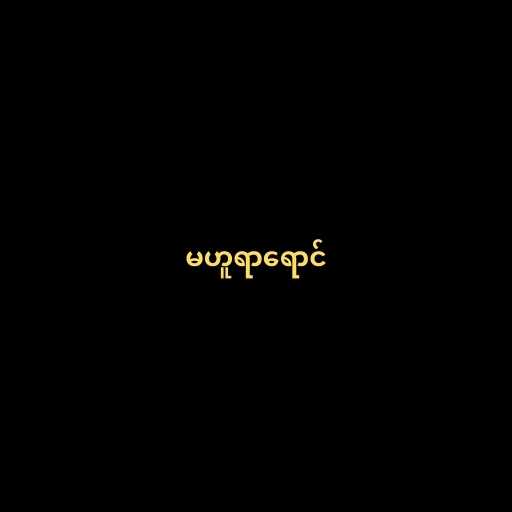
မဟူရာရောင်